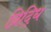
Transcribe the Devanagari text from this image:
व्रिद्धि